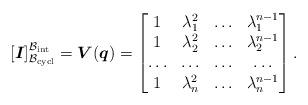
LaTeX: \begin{gather*}[\boldsymbol{I} ]_{\mathcal{B}_{\rm cycl}} ^{ \mathcal{B}_{\rm int}} =\boldsymbol{V}(\boldsymbol{q})=\begin{bmatrix} 1 & \lambda_1^{2} &\ldots&\lambda_1^{n-1} \\ 1& \lambda_2^{2} &\ldots& \lambda_2^{n-1} \\ \ldots & \ldots & \ldots & \ldots \\ 1 & \lambda_n^{2} &\ldots& \lambda_n^{n-1}\end{bmatrix} .\end{gather*}